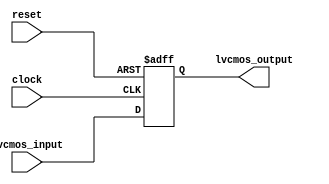
module lvcmos_buffer (
    input wire clock,
    input wire reset,
    input wire lvcmos_input,
    output reg lvcmos_output
);

always @(posedge clock or posedge reset) begin
    if (reset) begin
        lvcmos_output <= 1'b0;
    end else begin
        lvcmos_output <= lvcmos_input;
    end
end

endmodule